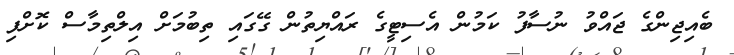
ބެއިޖިންގެ ޖައްވު ނުސާފު ކަމުން އެސިޓީގެ ރައްޔިތުން ގޭގައި ތިބުމަށް އިލްތިމާސް ކޮށްފި